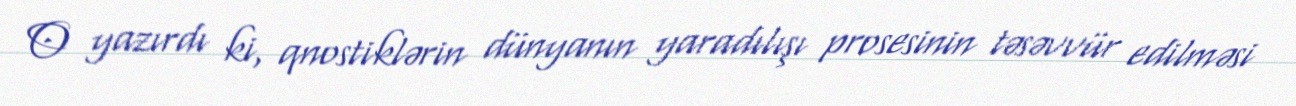
O yazırdı ki, qnostiklərin dünyanın yaradılışı prosesinin təsəvvür edilməsi